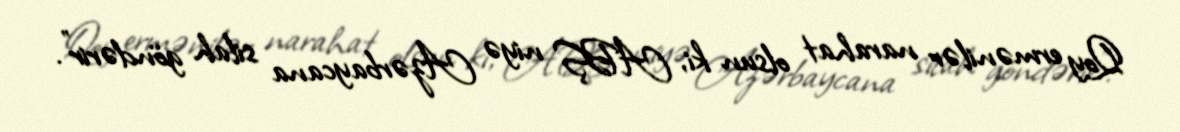
Qoy ermənilər narahat olsun ki, ABŞ niyə Azərbaycana silah göndərir”.